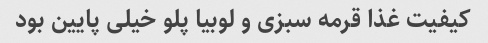
کیفیت غذا قرمه سبزی و لوبیا پلو خیلی پایین بود